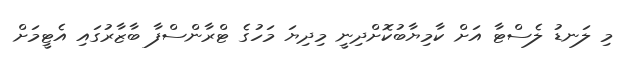
މި ލަނޑު ލެސްޓާ އަށް ކާމިޔާބުކޮށްދިނީ މިދިޔަ މަހުގެ ޓްރާންސްފާ ބާޒާރުގައި އެޓީމަށް